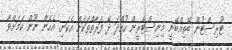
ޓޫރިސްޓުން ބޭތިއްބޭނީ މިނިސްޓްރީން ހުއްދަ ދޭ ފަރާތްތަކަށް އެކަނި. އެހެން ނޫން ކަމަށްވާ